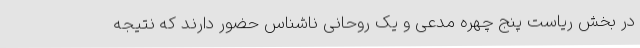
در بخش ریاست پنج چهره مدعی و یک روحانی ناشناس حضور دارند که نتیجه